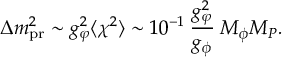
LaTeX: \langle \psi _ { 5 , 6 } ( \tau _ { 1 } ) \, \psi _ { 5 , 6 } ( \tau _ { 2 } ) \rangle = \frac { 1 } { 2 } \, G _ { F } ( \tau _ { 1 } , \tau _ { 2 } ) \nonumber